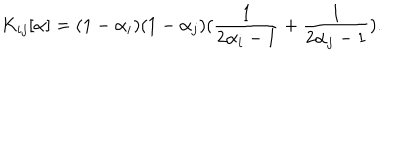
K _ { i j } [ \alpha ] = ( 1 - \alpha _ { i } ) ( 1 - \alpha _ { j } ) ( \frac { 1 } { 2 \alpha _ { i } - 1 } + \frac { 1 } { 2 \alpha _ { j } - 1 } ) .